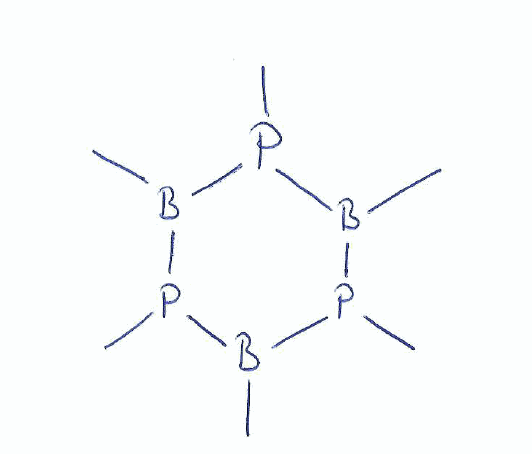
Simplified molecular-input line-entry system (SMILES) notation of the given molecule:
B1(P(B(P(B(P1C)C)C)C)C)C